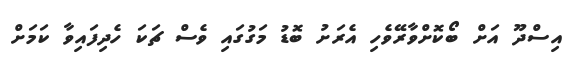
އިސްދޫ އަށް ބޯކޮށްވާރޭވެހި އެރަށު ބޮޑު މަގުގައި ވެސް ޗަކަ ހެދިފައިވާ ކަމަށް